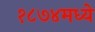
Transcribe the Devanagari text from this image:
१८७४मध्ये